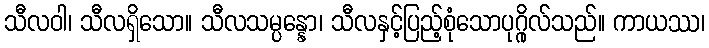
သီလဝါ၊ သီလရှိသော။ သီလသမ္ပန္နော၊ သီလနှင့်ပြည့်စုံသောပုဂ္ဂိုလ်သည်။ ကာယဿ၊